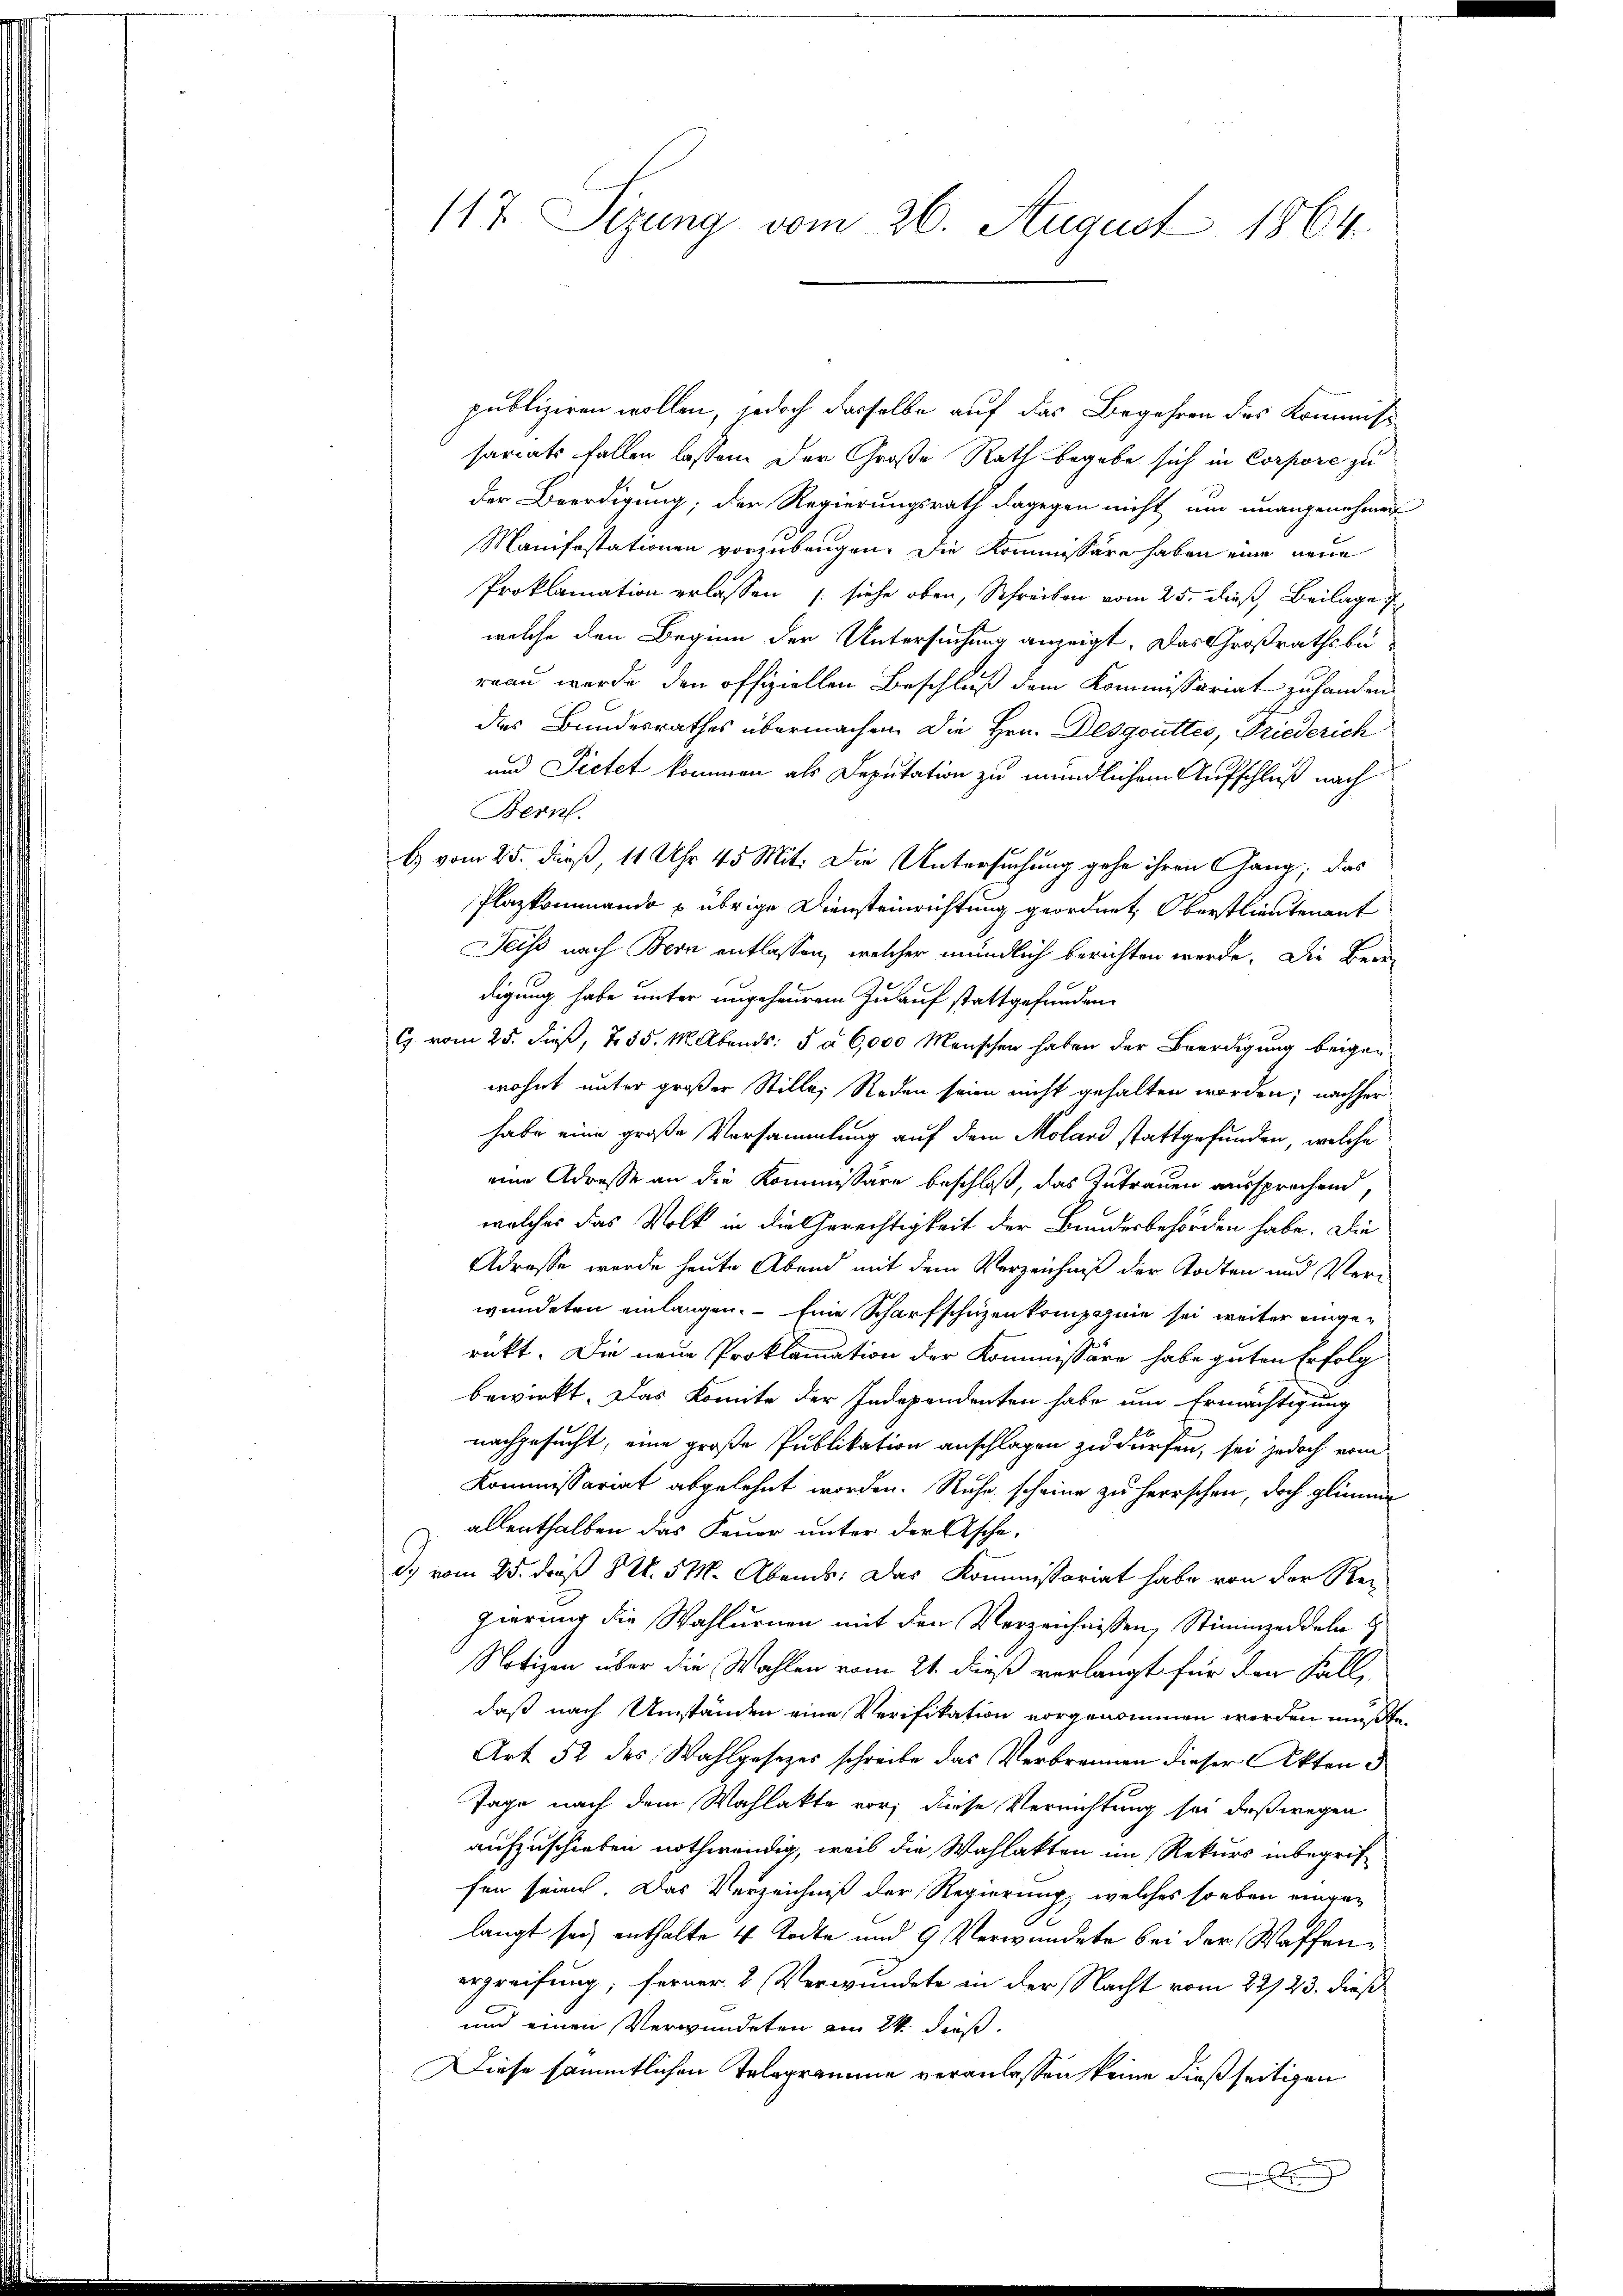
117. Sizung vom 26. August 1864.

publiziren wollen, jedoch dasselbe auf das Begehren des Kommiss-
sariats fallen lassen. Der Große Rath begebe sich in Corpore zu
der Beerdigung; der Regierungsrath dagegen nicht um unangenehmen
Manifestationen vorzubeugen. Die Kommissäre haben eine neue
Proklamation erlassen (siehe oben, Schreiben vom 25. dieß, Beilage
welche den Beginn der Untersuchung anzeigt. Das Großrathsbereau wurde den offiziellen Beschluß dem Kommissariat zu handen
das Bundesrathes übermachen. Die Hrn. Desgüttes, Friederich
und Pietet kommen als Deputation zu mündlichem Aufschluß nach
Bern.
b) vom 25. dieß 11 Uhr 45 Mit: Die Untersuchung gehe ihren Gang, das
Plazkommando übrige Diensteinrichtung geordnet, Oberstlieutenant
Jeiss nach Bern entlassen, welcher mündlich berichten werde. Die Berudigung habe unter ungeheurem Zulauf stattgefunden.
C vom 25. dieß, 7. 55. M. Abends: 5 à 6,000 Menschen haben der Beerdigung beigewohnt unter großer Stille, Reden seien nicht gehalten worden; nachher
habe eine große Vorsammlung auf dem Molard stattgefunden, welche
eine Adresse an die Kommissäre beschloß, das Zutrauen aussprechend,
welches das Volk in die Gerechtigkeit der Bundesbehörden habe. Die
Adresse werde heute Abend mit dem Verzeichniß der Todten und Verwundeten einlangen. Eine Scharfschüzenkompagnie sei weiter eingerükt. Die neue Proklamation der Kommissäre habe guten Erfolg
bewirkt. Das Komite der Independenten habe um Ermächtigung
nachgesucht, eine große Publikation anschlagen zu dürfen, sei jedoch vom
Kommissariat abgelehnt worden. Ruhe scheine zu herrschen, doch glimme
allenthalben das Feuer unter der Asche,
d.) vom 25. daß 8t. 5 M. Abends: Das Kommissariat habe von der Regierung die Wahlurnen mit den Verzeichnissen, Stimmzeddeln
Notizen über die Wahlen vom 21. dieß verlangt für den Fall,
daß nach Umständen eine Verifikation vorgenommen werden müßte,
Art. 52 des Wahlgesezes schreibe das Verbrennen dieser Akten d
Tage nach dem Wahlakte vor; diese Vernichtung sei deßwegen
aufzuschieben nothwendig, weil die Wahlakten im Rekurs inbegriffen sein. Das Verzeichniß der Regierung, welches so eben eingelangt sei, enthalte 4 Todte und 9 Verwundete bei der Waffenergreifung; ferner 2 Verwundete in der Nacht vom 22/23. dieß
und einen Verwundeten am 24. dieß.
Diese sämmtlichen Telegramme veranlassen keine dießseitigen